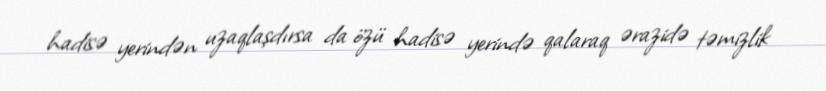
hadisə yerindən uzaqlaşdırsa da özü hadisə yerində qalaraq ərazidə təmizlik